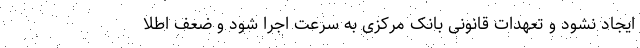
ایجاد نشود و تعهدات قانونی بانک مرکزی به سرعت اجرا شود و ضعف اطلا